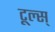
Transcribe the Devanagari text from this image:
टूल्स्